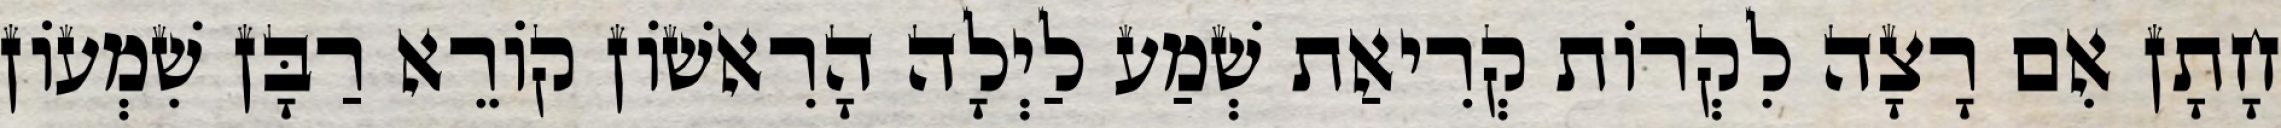
חָתָן אִם רָצָה לִקְרוֹת קְרִיאַת שְׁמַע לַיְלָה הָרִאשׁוֹן קוֹרֵא רַבָּן שִׁמְעוֹן